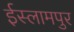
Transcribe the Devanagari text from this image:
ईस्लामपुर